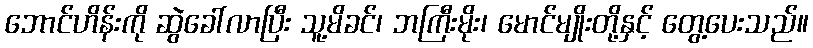
ဘောင်ဟိန်းကို ဆွဲခေါ်လာပြီး သူ့မိခင်၊ ဘကြီးမိုး၊ မောင်မျိုးတို့နှင့် တွေ့ပေးသည်။